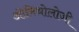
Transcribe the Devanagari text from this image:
ओमिथोलोजी